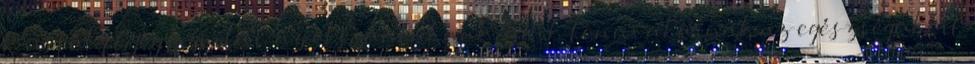
Kristály Gyógyszertár .az elszántaknak, akik tenni akarnak az egészségükért